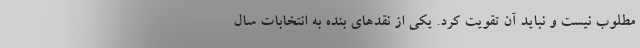
مطلوب نیست و نباید آن تقویت کرد. یکی از نقدهای بنده به انتخابات سال